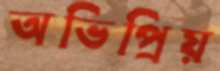
অভিপ্রিয়